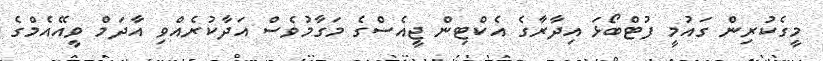
މީގެކުރިން ގައުމީ ފުޓްބޯޅަ އިދާރާގެ އެކްޓިން ޖީއެސްގެ މަގާމުވެސް އަދާކުރެއްވި އާދަމް ވީއޭއެމްގެ